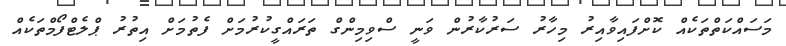
މަސައްކަތްތަކެއް ކޮށްފައިވާއިރު މިހާރު ސަރުކާރުން ވަނީ ސްވިމިންގް ތަރައްގީކުރުމަށް ފެތުމަށް އިތުރު ޕްލެޓްފޯމްތަކެއް